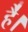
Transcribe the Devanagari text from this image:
है॑।